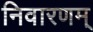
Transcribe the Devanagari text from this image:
निवारणम्